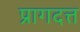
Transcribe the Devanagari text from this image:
प्रागदत्त